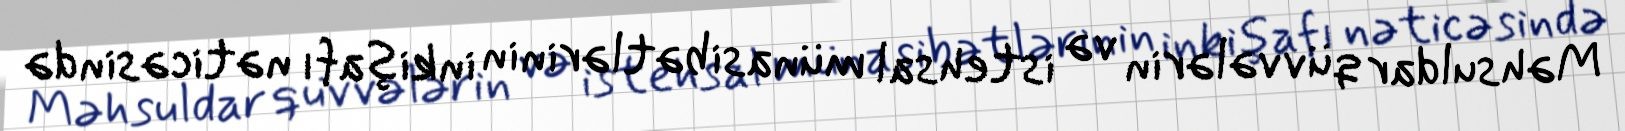
Məhsuldar qüvvələrin və istehsal münasibətlərinin inkişafı nəticəsində